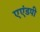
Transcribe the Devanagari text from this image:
एएंडपी